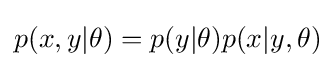
p(x,y|\theta )=p(y|\theta )p(x|y,\theta )